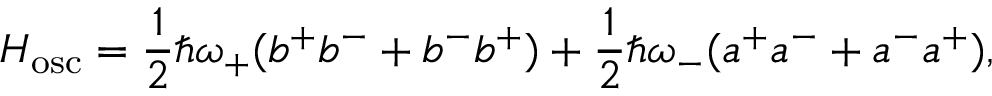
{ \cal H } _ { \mathrm { o s c } } = \frac { 1 } { 2 } \hbar \omega _ { + } ( b ^ { + } b ^ { - } + b ^ { - } b ^ { + } ) + \frac { 1 } { 2 } \hbar \omega _ { - } ( a ^ { + } a ^ { - } + a ^ { - } a ^ { + } ) ,